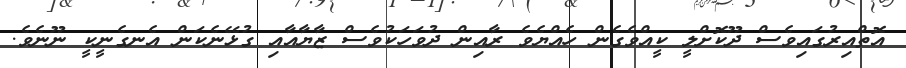
އޮތްއިރުގައިވެސް ދޫކޮށްލީ ކީއްވެގެން ހެއްޔެވެ ރާއިން ދުވަހަކުވެސް ޒާޔާއާއި ގުޅޭނެކަން އެނގެނީކީ ނޫނެވެ.